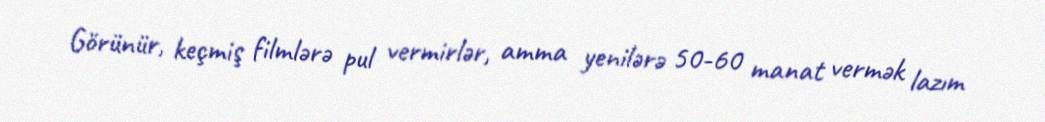
Görünür, keçmiş filmlərə pul vermirlər, amma yenilərə 50-60 manat vermək lazım